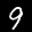
Label: 9